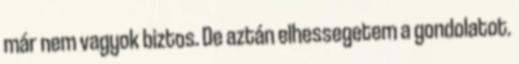
már nem vagyok biztos. De aztán elhessegetem a gondolatot.